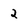
Character: 2